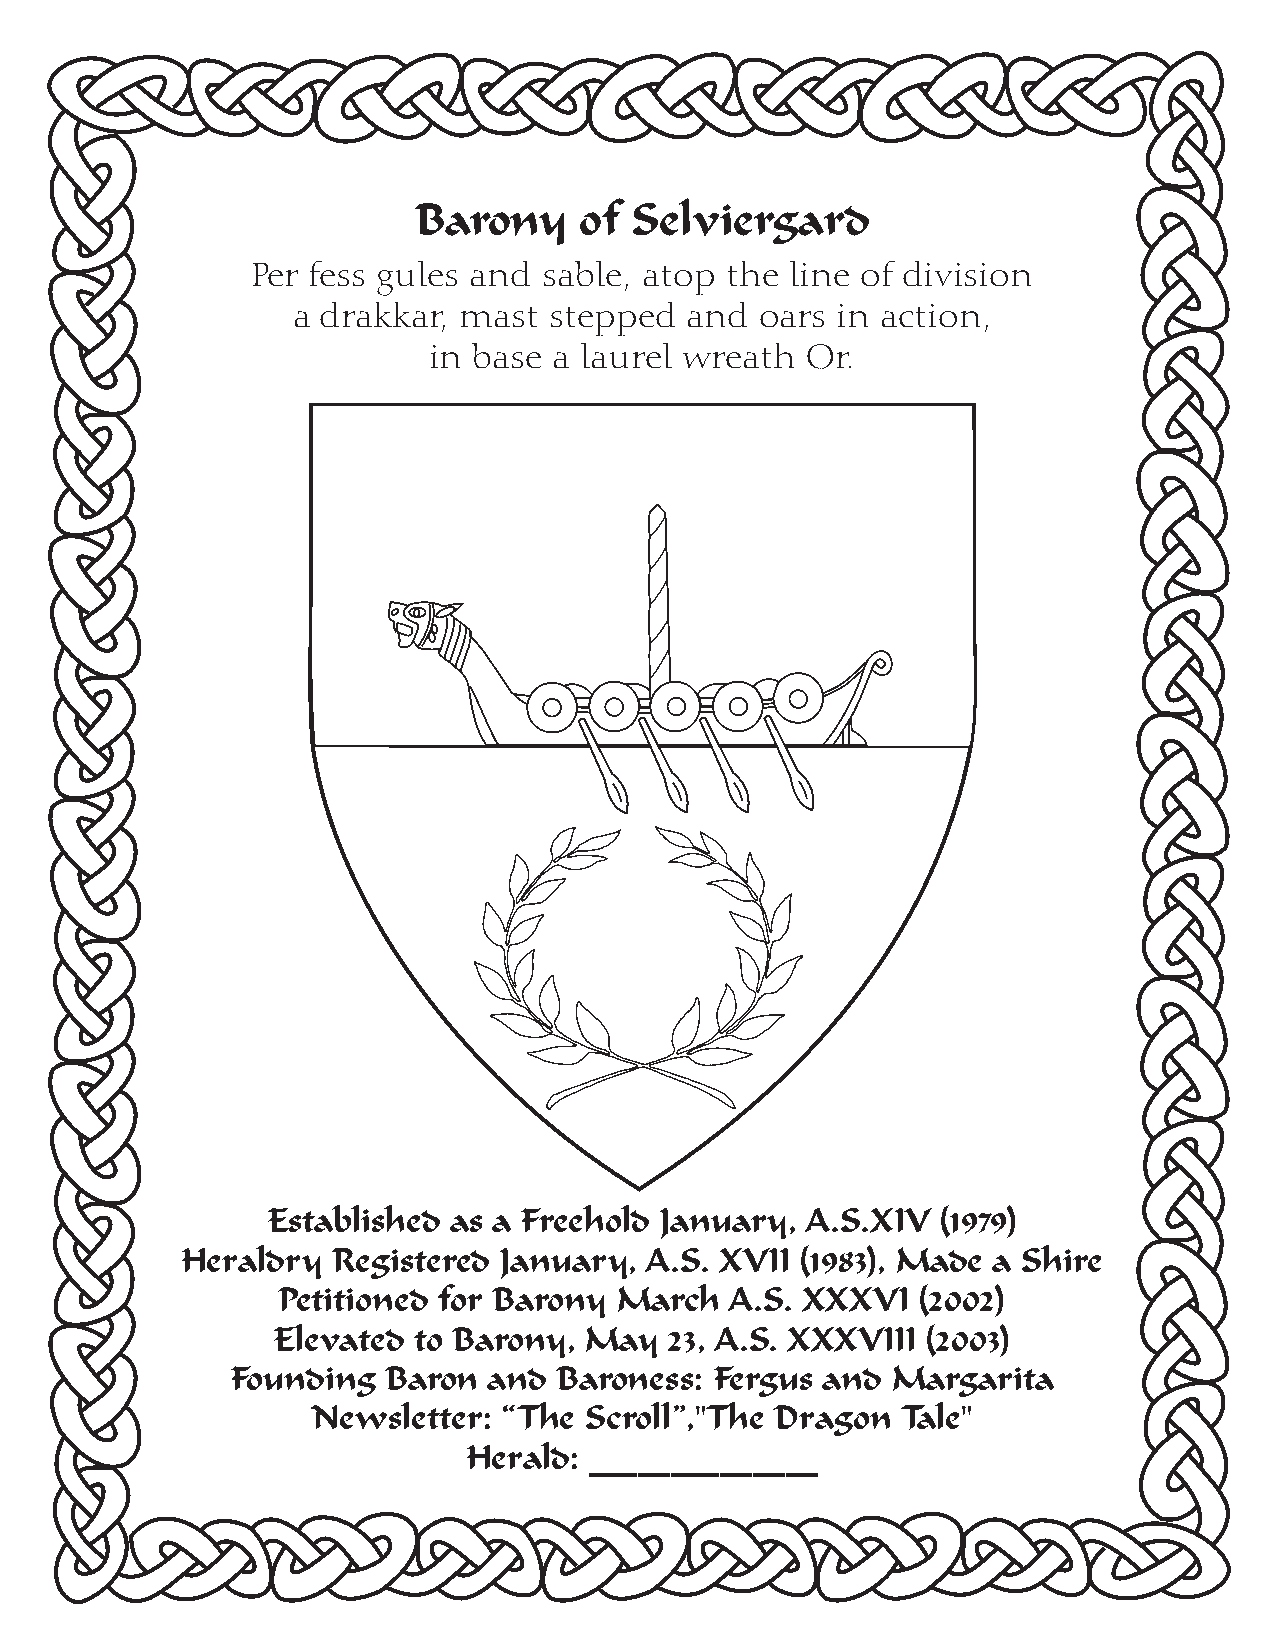
Barony     of  Selviergard
 Per fess gules and sable, atop the line of division
 a drakkar, mast  stepped  and  oars in action,
 in base  a laurel wreath Or.
 Established as a Freehold January, A.S.XIV  (1979)
 Heraldry  Registered January,  A.S. XVII (1983), Made a Shire
 Petitioned for Barony  March  A.S. XXXVI   (2002)
 Elevated to Barony,  May  23, A.S. XXXVIII (2003)
 Founding  Baron  and  Baroness: Fergus and  Margarita
 Newsletter: “The  Scroll”,"The Dragon  Tale"
 Herald: ______________